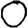
Digit: 0